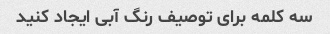
سه کلمه برای توصیف رنگ آبی ایجاد کنید